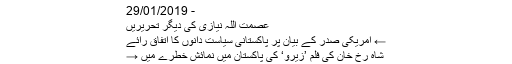
- 29/01/2019
عصمت اللہ نیازی کی دیگر تحریریں
← امریکی صدر کے بیان پر پاکستانی سیاست دانوں کا اتفاق رائے
شاہ رخ خان کی فلم ’زیرو‘ کی پاکستان میں نمائش خطرے میں →